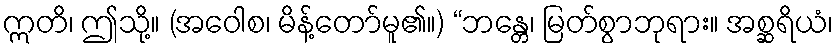
ဣတိ၊ ဤသို့။ (အဝေါစ၊ မိန့်တော်မူ၏။) “ဘန္တေ၊ မြတ်စွာဘုရား။ အစ္ဆရိယံ၊